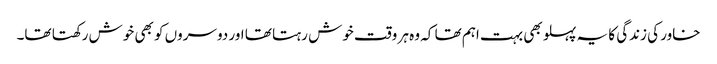
خاور کی زندگی کا یہ پہلو بھی بہت اہم تھا کہ وہ ہر وقت خوش رہتا تھا اور دوسروں کو بھی خوش رکھتا تھا۔